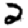
Digit: 2